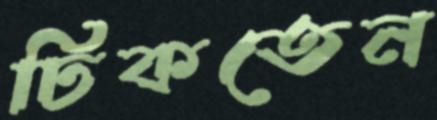
ঢিকতেন